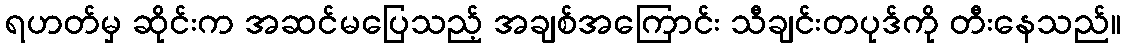
ရဟတ်မှ ဆိုင်းက အဆင်မပြေသည့် အချစ်အကြောင်း သီချင်းတပုဒ်ကို တီးနေသည်။